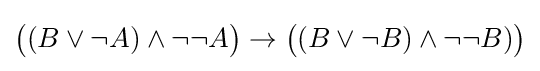
{\big (}(B\lor \neg A)\land \neg \neg A{\big )}\to {\big (}(B\lor \neg B)\land \neg \neg B){\big )}